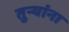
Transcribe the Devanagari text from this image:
तुऱ्यांना